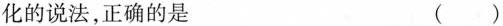
化的说法，正确的是 ( )